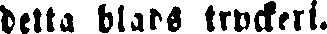
detta blads tryckeri.